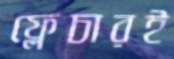
ফ্লেচারই